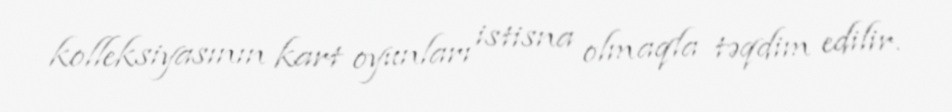
kolleksiyasının kart oyunları istisna olmaqla təqdim edilir.